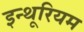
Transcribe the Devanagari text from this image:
इन्थूरियम